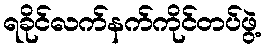
ရခိုင်လက်နက်ကိုင်တပ်ဖွဲ့